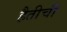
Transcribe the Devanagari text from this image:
हैतीची